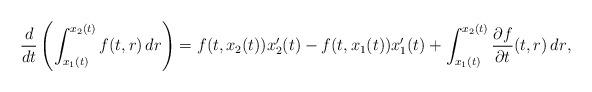
LaTeX: \begin{align*} \frac{d}{dt} \left( \int_{x_1(t)}^{x_2(t)} f(t,r)\, dr \right)=f(t,x_2(t))x_2'(t)-f(t,x_1(t))x_1'(t)+\int_{x_1(t)}^{x_2(t)}{\dfrac{\partial f}{\partial t}(t,r) \, dr} , \end{align*}